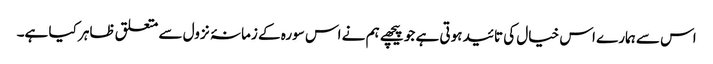
اس سے ہمارے اس خیال کی تائید ہوتی ہے جو پیچھے ہم نے اس سورہ کے زمانۂ نزول سے متعلق ظاہر کیا ہے۔